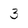
Character: 3